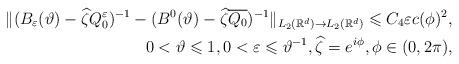
LaTeX: \begin{align*}\Vert (B_\varepsilon (\vartheta )-\widehat{\zeta}Q_0^\varepsilon )^{-1}-(B^0(\vartheta )-\widehat{\zeta}\overline{Q_0})^{-1}\Vert _{L_2(\mathbb{R}^d)\rightarrow L_2(\mathbb{R}^d)}\leqslant C_4\varepsilon c(\phi)^2 ,\\0 < \vartheta \leqslant 1,0< \varepsilon \leqslant \vartheta^{-1},\widehat{\zeta}=e^{i\phi},\phi \in (0,2\pi),\end{align*}